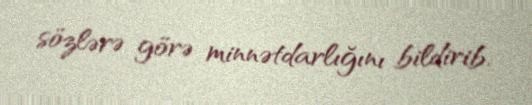
sözlərə görə minnətdarlığını bildirib.